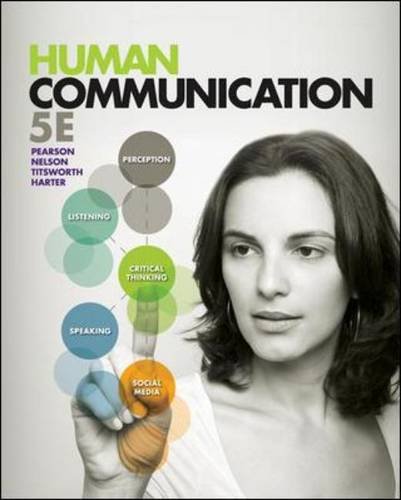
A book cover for Human Communication; Judy Pearson; Reference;